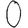
Digit: 0